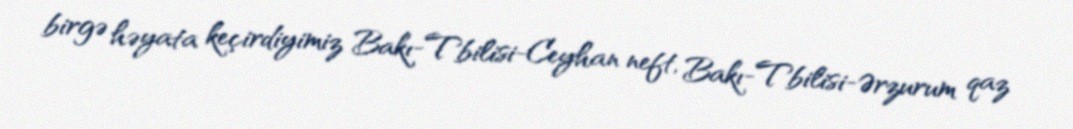
birgə həyata keçirdiyimiz Bakı-Tbilisi-Ceyhan neft, Bakı-Tbilisi-Ərzurum qaz